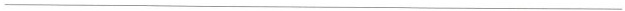
___